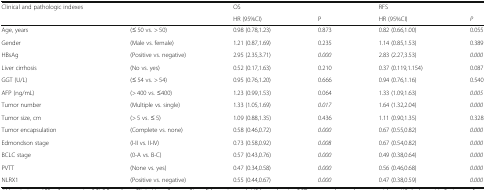
| <ROWSPAN=2> Clinical and pathologic indexes |  | OS |  | RFS |  |
 |  | HR (95%CI) | P | HR (95%CI) | P |
 | --- | --- | --- | --- | --- | --- |
 | Age, years | (≤ 50 vs. > 50) | 0.98 (0.78,1.23) | 0.873 | 0.82 (0.66,1.00) | 0.055 |
 | Gender | (Male vs. female) | 1.21 (0.87,1.69) | 0.235 | 1.14 (0.85,1.53) | 0.389 |
 | HBsAg | (Positive vs. negative) | 2.95 (2.35,3.71) | 0.000 | 2.83 (2.27,3.53) | 0.000 |
 | Liver cirrhosis | (No vs. yes) | 0.52 (0.17,1.63) | 0.210 | 0.37 (0.119,1.154) | 0.087 |
 | GGT (U/L) | (≤ 54 vs. > 54) | 0.95 (0.76,1.20) | 0.666 | 0.94 (0.76,1.16) | 0.540 |
 | AFP (ng/mL) | (> 400 vs. ≤400) | 1.23 (0.99,1.53) | 0.064 | 1.33 (1.09,1.63) | 0.005 |
 | Tumor number | (Multiple vs. single) | 1.33 (1.05,1.69) | 0.017 | 1.64 (1.32,2.04) | 0.000 |
 | Tumor size, cm | (> 5 vs. ≤ 5) | 1.09 (0.88,1.35) | 0.436 | 1.11 (0.90,1.35) | 0.328 |
 | Tumor encapsulation | (Complete vs. none) | 0.58 (0.46,0.72) | 0.000 | 0.67 (0.55,0.82) | 0.000 |
 | Edmondson stage | (I-II vs. II-IV) | 0.73 (0.58,0.92) | 0.008 | 0.67 (0.54,0.82) | 0.000 |
 | BCLC stage | (0-A vs. B-C) | 0.57 (0.43,0.76) | 0.000 | 0.49 (0.38,0.64) | 0.000 |
 | PVTT | (None vs. yes) | 0.47 (0.34,0.58) | 0.000 | 0.56 (0.46,0.68) | 0.000 |
 | NLRX1 | (Positive vs. negative) | 0.55 (0.44,0.67) | 0.000 | 0.47 (0.38,0.59) | 0.000 |